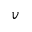
v